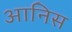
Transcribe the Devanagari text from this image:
आनिस